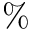
\%